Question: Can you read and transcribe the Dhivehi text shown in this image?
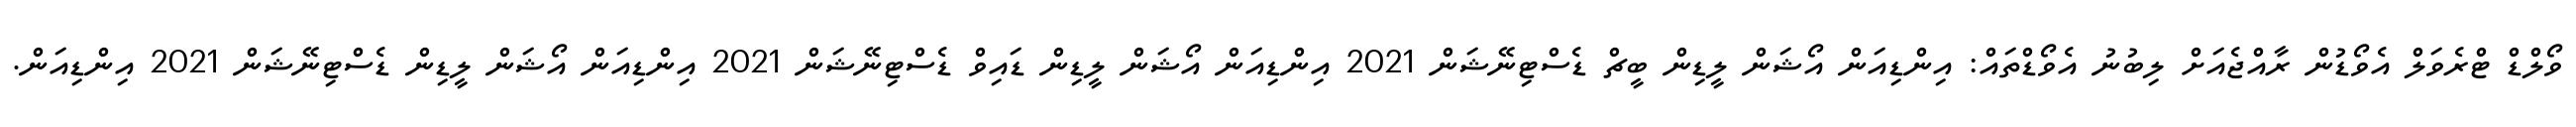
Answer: ވޯލްޑް ޓްރެވަލް އެވޯޑުން ރާއްޖެއަށް ލިބުނު އެވޯޑްތައް: އިންޑިއަން އޯޝަން ލީޑިން ބީޗް ޑެސްޓިނޭޝަން 2021 އިންޑިއަން އޯޝަން ލީޑިން ޑައިވް ޑެސްޓިނޭޝަން 2021 އިންޑިއަން އޯޝަން ލީޑިން ޑެސްޓިނޭޝަން 2021 އިންޑިއަން.